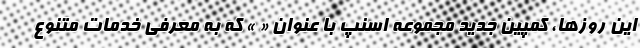
این روزها، کمپین جدید مجموعه اسنپ با عنوان « » که به معرفی خدمات متنوع